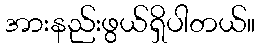
အားနည်းဖွယ်ရှိပါတယ်။